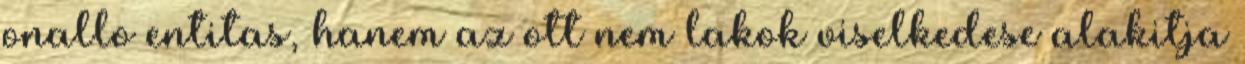
onallo entitas, hanem az ott nem lakok viselkedese alakitja